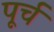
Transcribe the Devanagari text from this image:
पूर्च